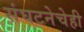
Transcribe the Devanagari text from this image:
संघटनेचेही